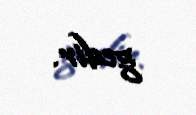
gedir.